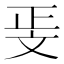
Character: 𭤖